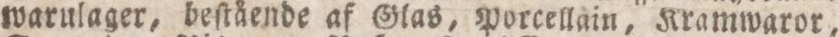
warulager, beſtående af Glas, Porcellain, Kramwaror,